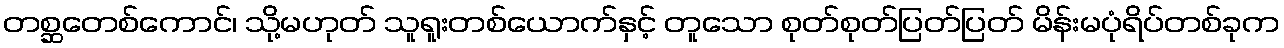
တစ္ဆတေစ်ကောင်၊ သို့မဟုတ် သူရူးတစ်ယောက်နှင့် တူသော စုတ်စုတ်ပြတ်ပြတ် မိန်းမပုံရိပ်တစ်ခုက